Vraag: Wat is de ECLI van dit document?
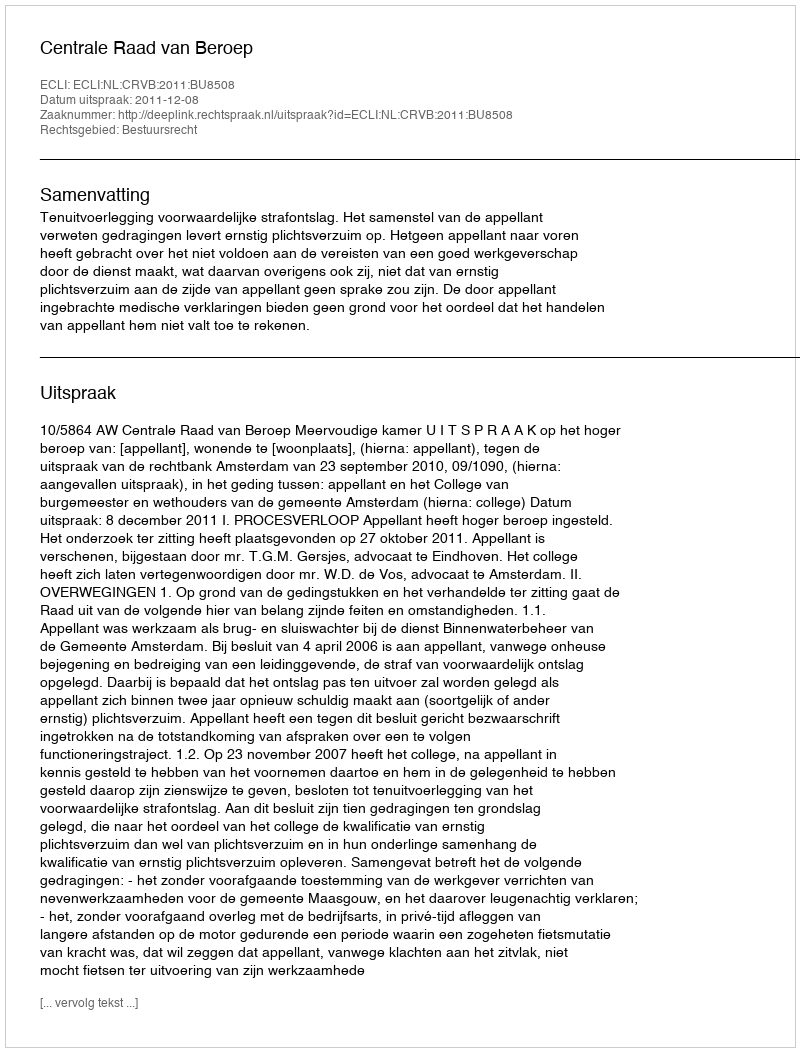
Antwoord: ECLI:NL:CRVB:2011:BU8508